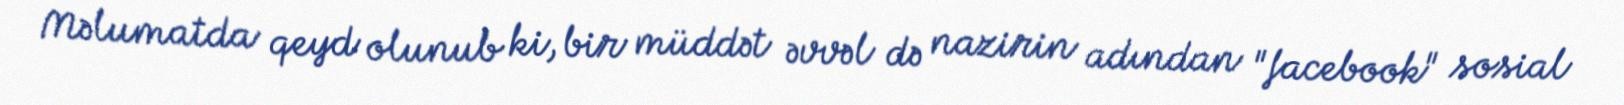
Məlumatda qeyd olunub ki, bir müddət əvvəl də nazirin adından "facebook" sosial